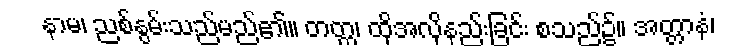
နာမ၊ ညစ်နွမ်းသည်မည်၏။ တတ္ထ၊ ထိုအလိုနည်းခြင်း စသည်၌။ အတ္တာနံ၊